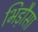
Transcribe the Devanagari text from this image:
भिड़ौसा